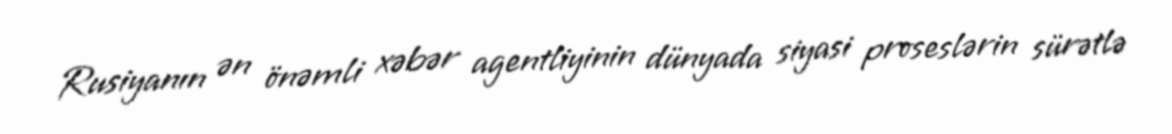
Rusiyanın ən önəmli xəbər agentliyinin dünyada siyasi proseslərin sürətlə